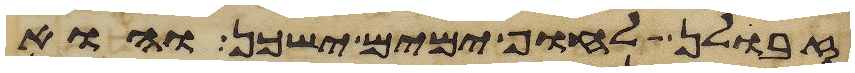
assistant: זבולן לחוף ימים ישכן והוא